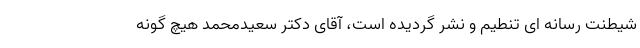
شیطنت رسانه ای تنطیم و نشر گردیده است، آقای دکتر سعیدمحمد هیچ گونه